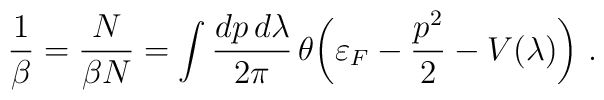
\frac{1}{\beta} =\frac{N}{\beta N} = \int \frac{dp\,d\lambda}{2\pi}\,\theta\biggl( \varepsilon_F -\frac{p^2 }{2} - V(\lambda) \biggr)\ .